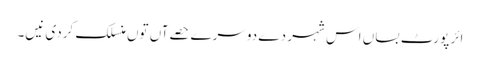
ائر پورٹ بساں اس شہر دے دوسرے حصےآں تو‏ں منسلک کردی نیں۔